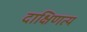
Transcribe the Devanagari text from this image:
दाक्षिणत्य